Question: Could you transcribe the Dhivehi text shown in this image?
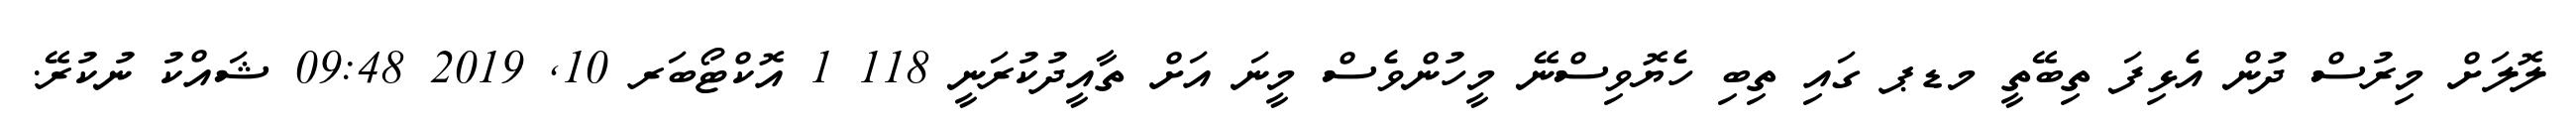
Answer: ލޮލަށް މިރުސް ދުން އެޅިފަ ތިބޭތީ މޑޕ ގައި ތިބި ހެޔޮވިސްނޭ މީހުންވެސް މީނަ އަށް ތާއީދުކުރަނީ 118 1 އޮކްޓޯބަރ 10, 2019 09:48 ޝައްކު ނުކުރޭ.